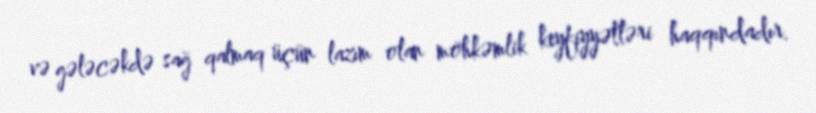
və gələcəkdə sağ qalmaq üçün lazım olan möhkəmlik keyfiyyətləri haqqındadır.